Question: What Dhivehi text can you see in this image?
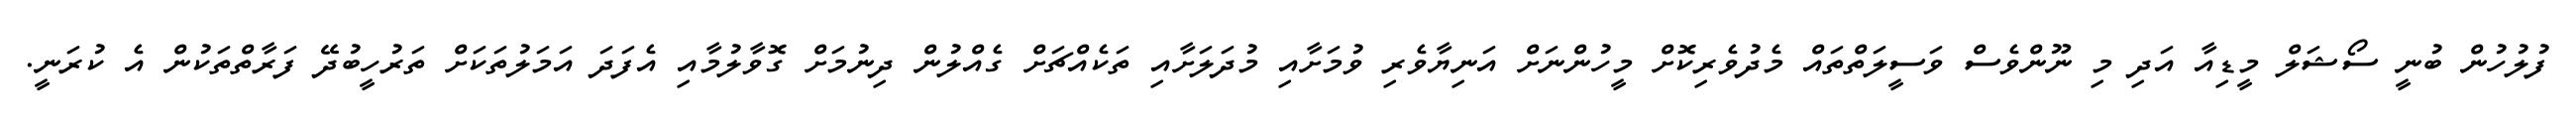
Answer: ފުލުހުން ބުނީ ސޯޝަލް މީޑިއާ އަދި މި ނޫންވެސް ވަސީލަތްތައް މެދުވެރިކޮށް މީހުންނަށް އަނިޔާވެރި ވުމަށާއި މުދަލަށާއި ތަކެއްޗަށް ގެއްލުން ދިނުމަށް ގޮވާލުމާއި އެފަދަ އަމަލުތަކަށް ތަރުހީބުދޭ ފަރާތްތަކުން އެ ކުރަނީ.